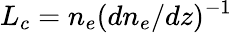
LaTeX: L_{c}=n_{e}(dn_{e}/dz)^{-1}